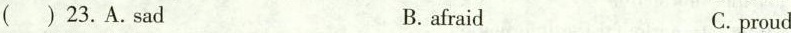
( ) 23.A.Sad B. afraid C.proud ( )